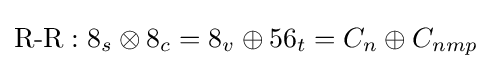
{\text{R-R}}:8_{s}\otimes 8_{c}=8_{v}\oplus 56_{t}=C_{n}\oplus C_{nmp}